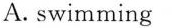
A. swimming